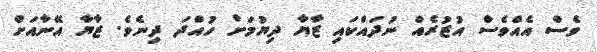
ވެސް އެއްވެސް އުޒުރެއް ނުދައްކައި ޒާޔާ ދިޔުމަށް ހުއްދަ ދިނެވެ. ޒާޔާ އޭނާއަށް